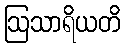
ဩသာရိယတိ